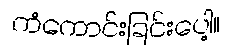
ကံကောင်းခြင်းပေါ့။